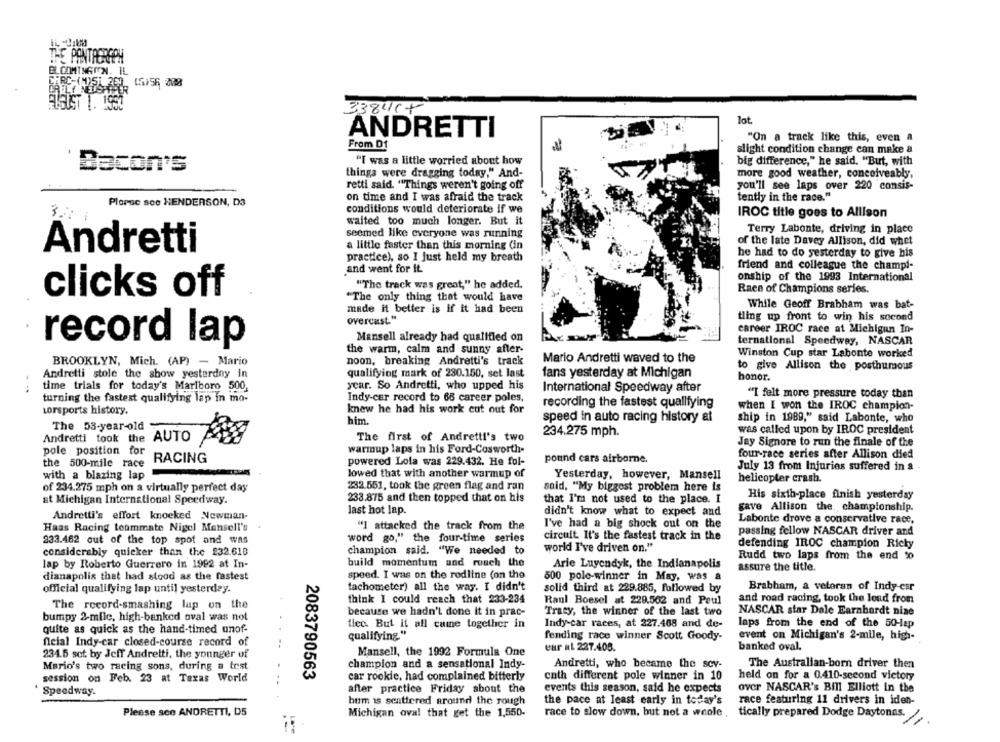
THE PANTAGRAPH
BLOOMINGON, IL
(5)56 208
ELSUST 1. 1900
33841+
lat.
ANDRETTI
"On a track like this, even a
From D1
slight condition change can make a
"I was a little worried about how
big difference," he said, "But, with
Bacon's
things were dragging today." And-
more good weather, conceiveably,
retti said. "Things weren't going off
you'll see laps over 220 consis-
on time and I was afraid the track
tently in the race."
PloPsc sco HENDERSON, D3
327
conditions would deteriorate if we
IROC title goes to Allison
waited too much longer. But it
Terry Labonte, driving in place
seemed like everyone was running
of the late Davey Allison, did whet
Andretti
a little faster than this morning (in
practice), so I just held my breath
he had to do yesterday to give his
friend and colleague the champi-
and went for it.
onship of the 1993 International
""The track was great," he added.
Race of Champions series.
clicks off
"The only thing that would have
While Geoff Brabham was bat-
made it better is if it had been
overcast."
ting up front to win his second
career IROC race at Michigan In-
Mansell already had qualified on
ternational Speedway, NASCAR
record lap
the warm, calm and sunny after-
Winston Cup star Labonte worked
BROOKLYN, Mich. (AP) - Mario
noon, breaking Andretti's track
Mario Andretti waved to the
to give Allison the posthumous
Andretti stole the show yesterday in
qualifying mark of 230.150, set last
fans yesterday at Michigan
honor.
time trials for today's Marlboro 500,
year. So Andretti, who upped his
. ..
International Speedway after
"I felt more pressure today than
turning the fastest qualifying lap in mo-
Indy-cer record to 66 career poles.
knew he had his work cut out for
recording the fastest qualifying
when I won the IROC champion-
Lorsports history.
him.
speed in auto racing history ai
ship in 1989," said Labonte, who
The 53-year-old
was called upon by IROC president
Andretti took the AUTO
The first of Andretti's two
234.275 mph.
Jay Signore to run the finale of the
pole position for
warmup laps in his Ford-Cosworth-
RACING
powered Lola was 229.432. He fol-
pound cars airborne.
four-race series after Allison died
the 500-mile race
July 13 from Injuries suffered in a
with a blazing lap
lowed that with another warmup of
Yesterday, however, Mansell
helicopter crash.
of 234.275 mph on a virtually perfect day
232.551, took the green flag and ran
said, "My biggest problem here is
233.875 and then topped that on his
His sixth-place finish yesterday
at Michigan International Speedway.
that I'm not used to the place. I
last hot lap.
didn't know what to expect and
gave Allison the ., championship.
Andretti's effort knocked Newman-
Labonte drove a conservative race,
Haas Racing teammate Nigel Mansell's
"I attacked the track from the
I've had a big shock out on the
passing fellow NASCAR driver and
233.462 out of the top spot and was
word go," the four-time series
circuit It's the fastest track in the
world I've driven on."
defending IROC champion Ricky
considerably quicker than the 232.618
champion said. "We needed to
Rudd two laps from the end to
lap by Roberto Guerrero in 1992 at In-
build momentum und rouch the
Arie Luyendyk, the Indianapolis
assure the title.
dianapolis that had stood as the fastest
speed. I was on the rodline (on the
500 pole-winner in May, Was a
tachometer) all the way. I didn't
Brabham, a veteran of Indy-esr
official qualifying lap until yesterday.
solid third at 229.885, followed by
think I could reach that 233-234
Raul Boesel at 229.502 and Paul
and road racing, took the lond from
The record-smashing lap on the
because we hadn't done it in prac-
Tracy, the winner of the last two
NASCAR star Dale Earnhardt nine
bumpy 2-mile, high-banked oval was not
fico. But it all came together in
Indy-car races, at 227.468 and de-
laps from the end of the 50-lap
quite as quick as the hand-timed unof-
qualifying."
fending race winner Scott Goody-
event on Michigan's 2-mile, high-
fleial Indy-car closed-course record of
banked oval.
234.5 set by Jeff Andretti, the younger of
Mansell, the 1992 Formula One
eur al 227.405.
Mario's two racing sons, during a test
champion and a sensational Indy-
Andretti, who became the sev-
The Australian-born driver then
2083790563
held on for a 0.410-second victory
session on Feb. 23 at Texas World
car rookie, had complained bitterly
cnth different pole winner in 10
after practice Friday about the
events this season, said he expects
over NASCAR's Bill Elliott In the
Speedway.
hum is scattered around the rough
the pace at least early in today's
race featuring 11 drivers in iden-
Please sco ANDRETTI, 05
Michigan oval that get the 1,550-
race to slow down, but not a whole
tically prepared Dodge Daytonas.
-